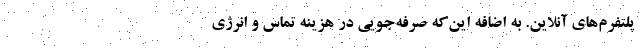
پلتفرم‌های آنلاین. به اضافه این‌که صرفه‌جویی در هزینه تماس و انرژی